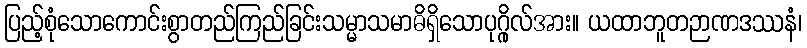
ပြည့်စုံသောကောင်းစွာတည်ကြည်ခြင်းသမ္မာသမာဓိရှိသောပုဂ္ဂိုလ်အား။ ယထာဘူတဉာဏဒဿနံ၊